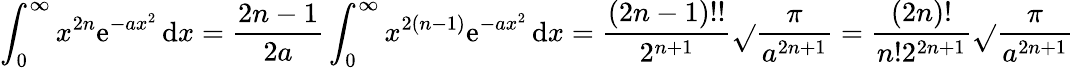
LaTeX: \int_{0}^{\infty}x^{2n}\mathrm{e}^{-ax^{2}}\, \mathrm{d}x={\frac{{2n-1}}{{2a}}}\int_{0}^{\infty}x^{2(n-1)}\mathrm{e}^{-ax^{2}}\, \mathrm{d}x={\frac{{(2n-1)!!}}{{2^{n+1}}}}{\sqrt{}{{\frac{{\pi}}{{a^{2n+1}}}}}}={\frac{{(2n)!}}{{n!2^{2n+1}}}}{\sqrt{}{{\frac{{\pi}}{{a^{2n+1}}}}}}